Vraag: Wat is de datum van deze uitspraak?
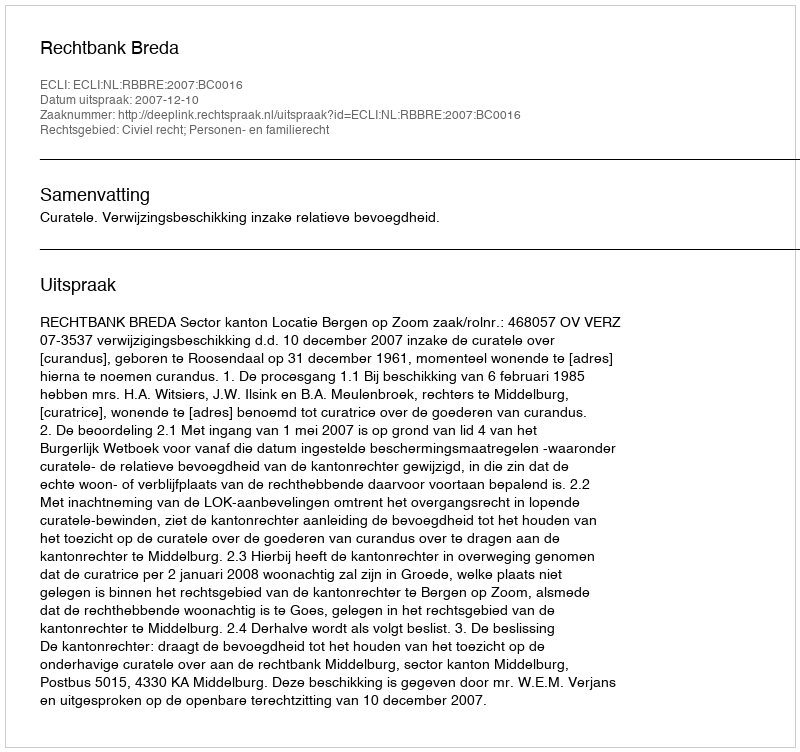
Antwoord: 2007-12-10